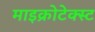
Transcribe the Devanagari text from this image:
माइक्रोटेक्स्ट